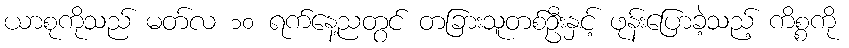
ယာစုကိုသည် မတ်လ ၁၀ ရက်နေ့ညတွင် တခြားသူတစ်ဦးနှင့် ဖုန်းပြောခဲ့သည့် ကိစ္စကို